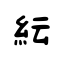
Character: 紜